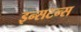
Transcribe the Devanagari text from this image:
इन्सटन्स